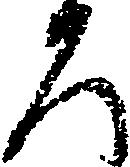
ろ